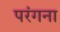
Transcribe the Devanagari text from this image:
परंगना